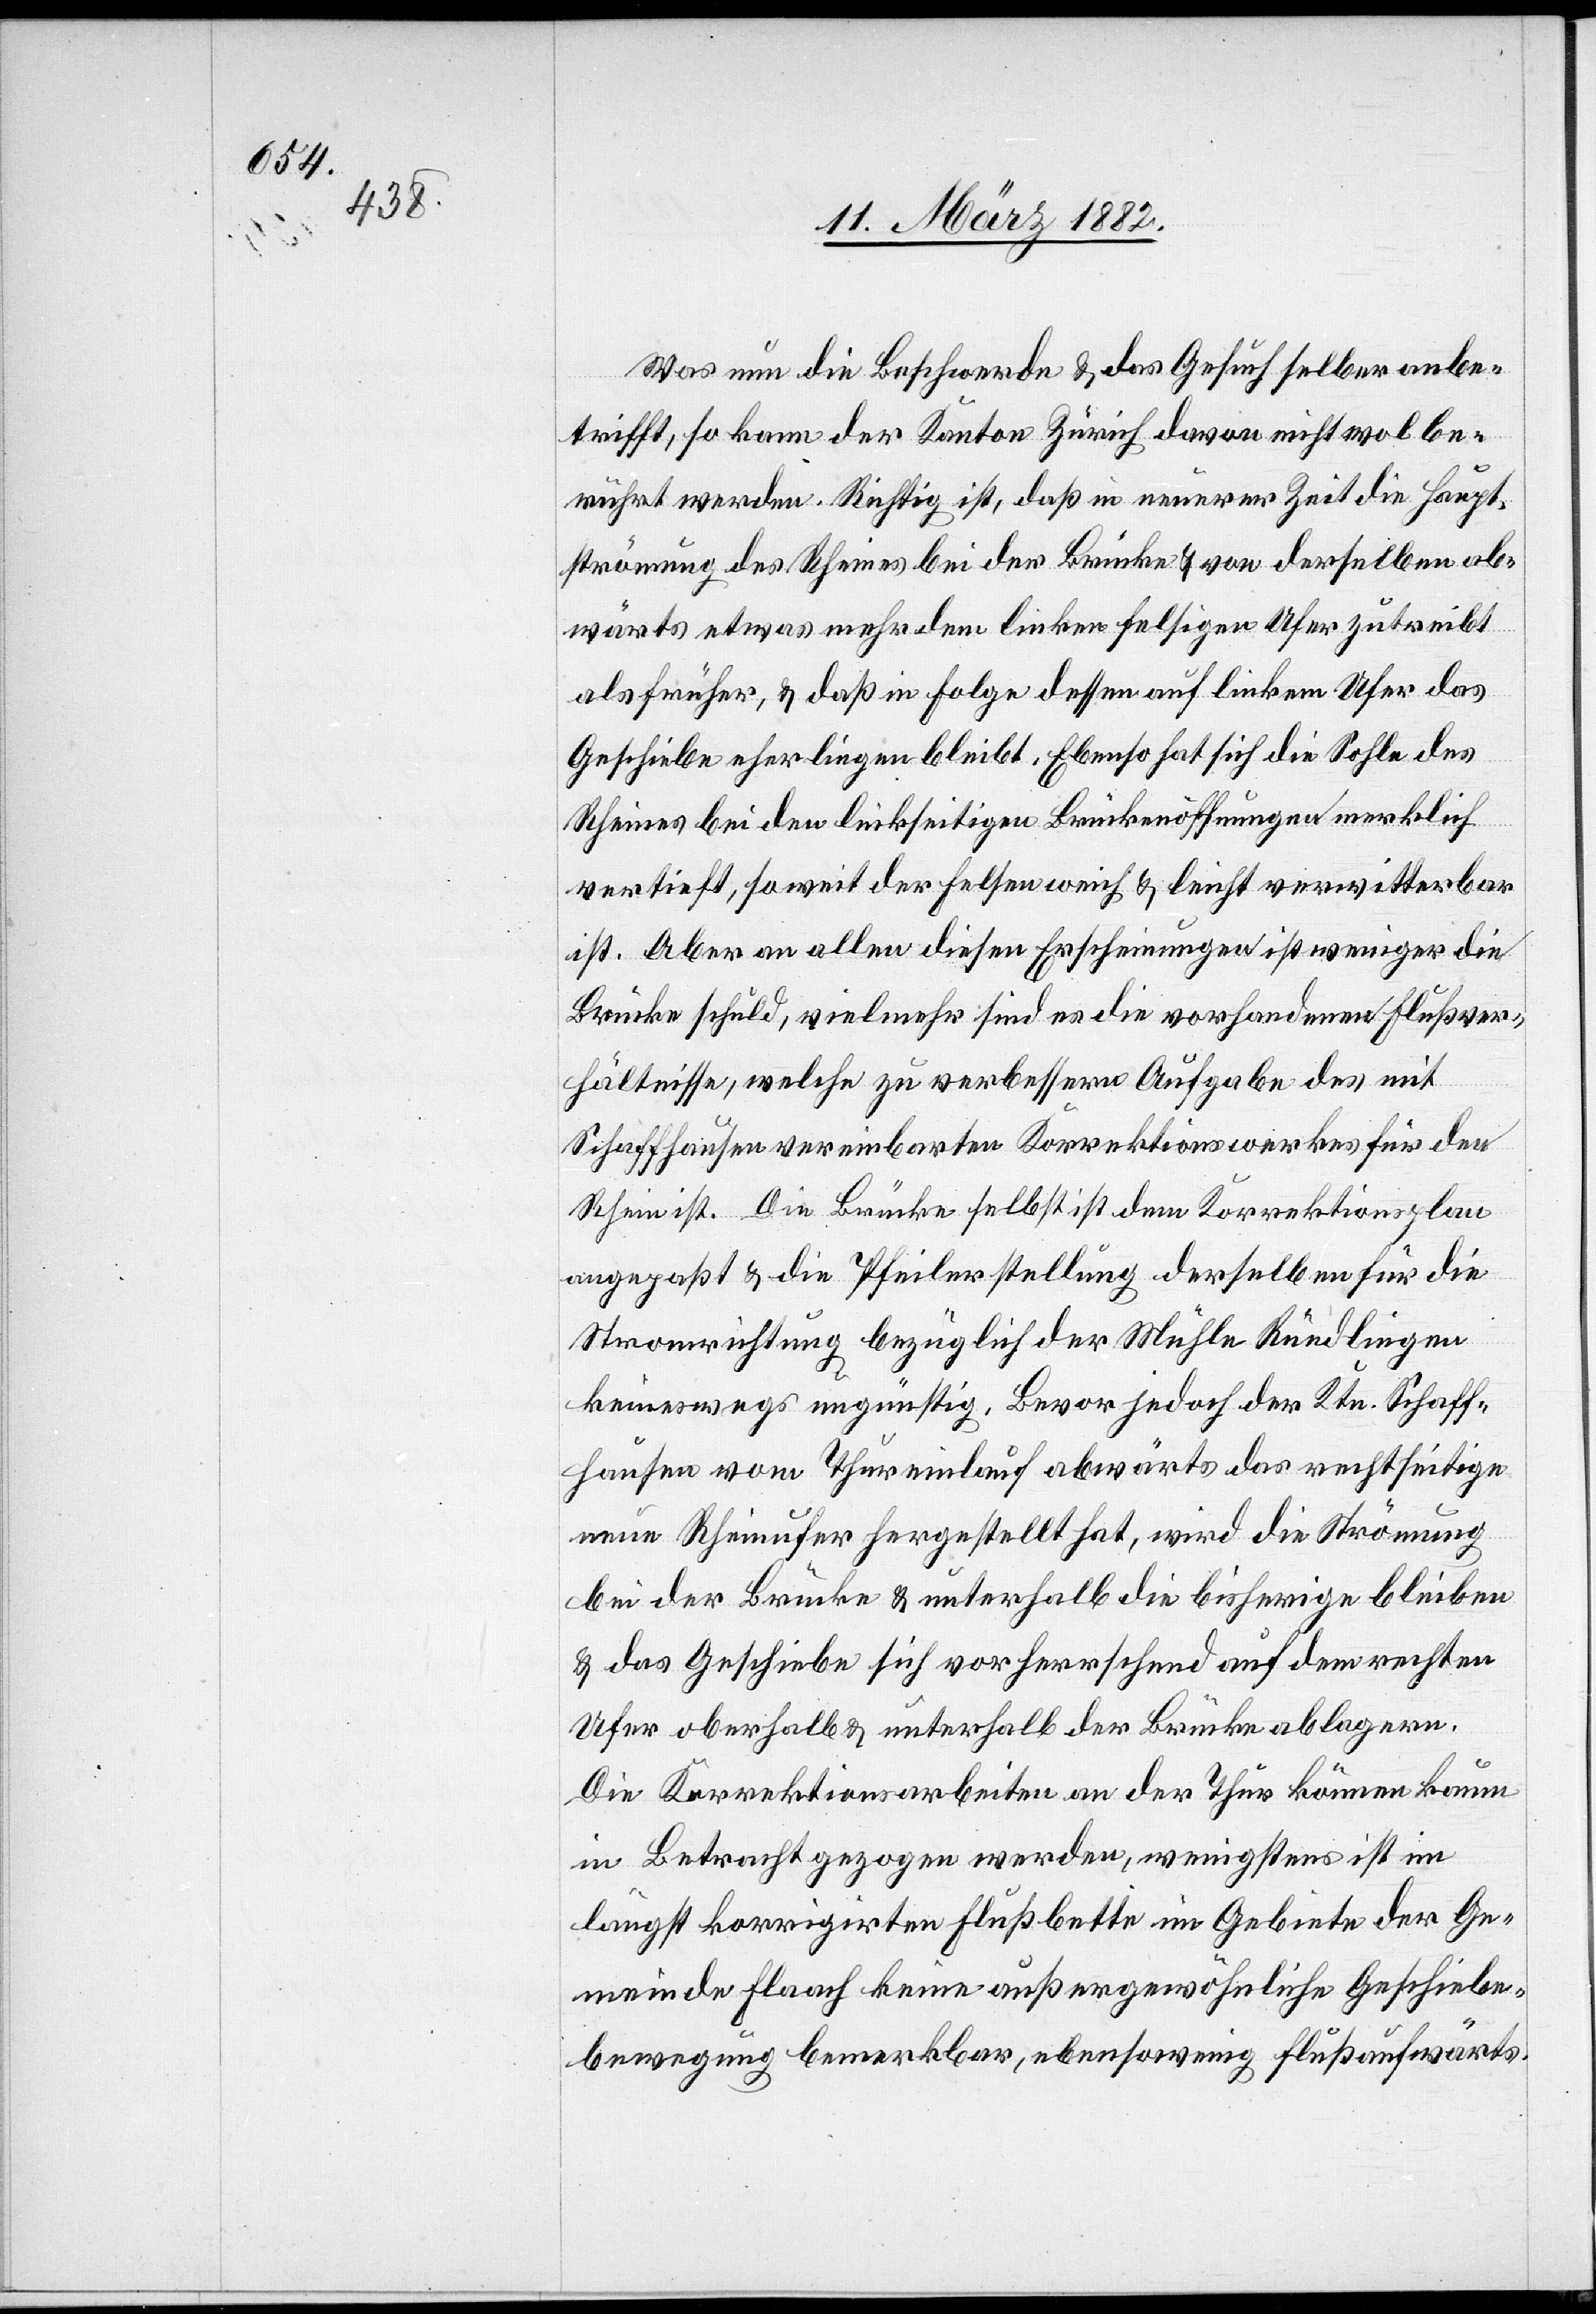
Was nun die Beschwerde & das Gesuch selber anbe¬
trifft, so kann der Kanton Zürich davon nicht wol be¬
rührt werden. Richtig ist, daß in unserer Zeit die Haupt¬
strömung des Rheines bei der Brücke & von derselben ab¬
wärts etwas mehr dem linken felsigen Ufer zutreibt
als früher, & daß in Folge dessen auf linkem Ufer das
Geschiebe eher liegen bleibt. Ebenso hat sich die Sohle des
Rheines bei den linkseitigen Brückenöffnungen merklich
vertieft, so weit der Felsen weich & leicht verwitterbar
ist. Aber an allen diesen Erscheinungen ist weniger die
Brücke Schuld, vielmehr sind es die vorhandenen Flußver¬
hältnisse, welche zu verbessern Aufgabe des mit
Schaffhausen vereinbarten Korrektionswerkes für den
Rhein ist. Die Brücke selbst ist dem Korrektionsplan
angepaßt & die Pfeilerstellung derselben für die
Stromrichtung bezüglich der Mühle Rüdlingen
keineswegs ungünstig. Bevor jedoch der Ktn. Schaff¬
hausen vom Thureinlauf abwärts das rechtseitige
neue Rheinufer hergestellt hat, wird die Strömung
bei der Brücke & unterhalb die bisherige bleiben
& das Geschiebe sich vorherrschend auf dem rechten
Ufer oberhalb & unterhalb der Brücke ablagern.
Die Korrektionsarbeiten an der Thur können kaum
in Betracht gezogen werden, wenigstens ist im
längst korrigierten Flußbett im Gebiete der Ge¬
meinde Flaach keine außergewöhnliche Geschiebe¬
bewegung bemerkbar, eben sowenig Flußaufwärts.